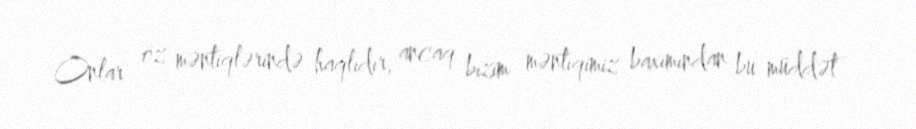
Onlar öz məntiqlərində haqlıdır, ancaq bizim məntiqimiz baxımından bu müddət